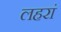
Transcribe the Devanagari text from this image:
लहरां